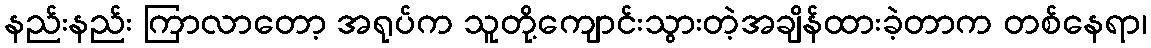
နည်းနည်း ကြာလာတော့ အရုပ်က သူတို့ကျောင်းသွားတဲ့အချိန်ထားခဲ့တာက တစ်နေရာ၊